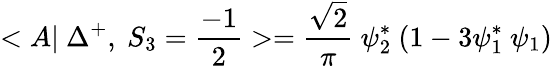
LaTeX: <A|~\Delta^{+},~S_{3}=\frac{-1}{2}>=\frac{\sqrt{2}}{\pi}~\psi_{2}^{*}~(1-3\psi_{1}^{*}~\psi_{1})